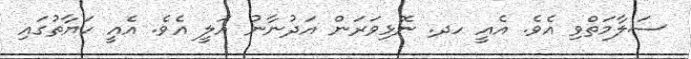
ސަލާމަތްވި އެވެ. އެއީ ހދ. ނޮޅިވަރަން އަދުނާނު އަލީ އެވެ. އެއީ ހަޔާތުގައި